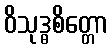
ဝိသုဒ္ဓစိတ္တော